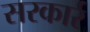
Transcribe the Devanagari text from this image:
सरकार्र